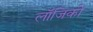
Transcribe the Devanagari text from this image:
लॉजिको